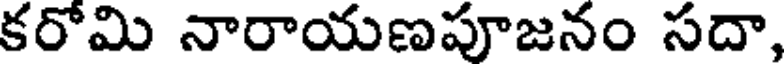
కరోమి నారాయణపూజనం సదా,